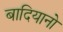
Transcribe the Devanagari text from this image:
बादियानो